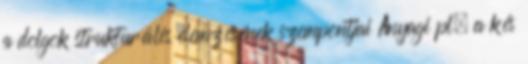
a dolgok strukturális elemzésének szempontjai Anyagi pl. a kés